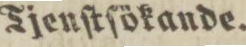
Tjenſtſökande.